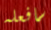
سافعله